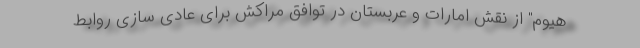
هیوم" از نقش امارات و عربستان در توافق مراکش برای عادی سازی روابط